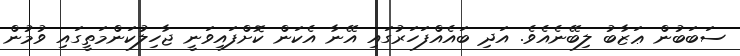
ސަބަބުން ޢަޒާބު ލިބޭނެއެވެ. އަދި ބައެއްފަހަރުގައި އޭނާ އެކަން ކޮށްފައިވަނީ ޖާހިލުކަންމަތީގައި ވުމުން